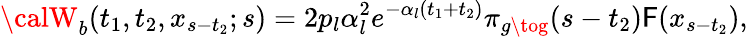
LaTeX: {\calW}_{b}(t_{1},t_{2},x_{s-t_{2}};s)=2p_{l}\alpha_{l}^{2}e^{-\alpha_{l}(t_{1}+t_{2})}\pi_{g\tog}(s-t_{2}){\cal\mathsf{F}}(x_{s-t_{2}}),